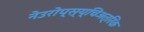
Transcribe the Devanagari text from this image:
नेउरोप्स्य्चिअत्रिक